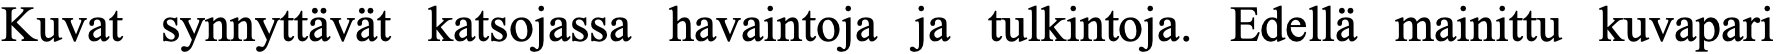
Kuvat synnyttävät katsojassa havaintoja ja tulkintoja. Edellä mainittu kuvapari